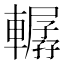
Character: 轏